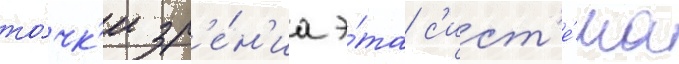
то́чк'и зр'е́н'иа э́та с'ист'е́ма